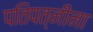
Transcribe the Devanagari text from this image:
पतिपत्‍नींना